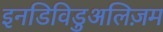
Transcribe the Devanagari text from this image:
इनडिविडुअलिज़म